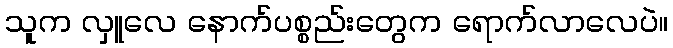
သူက လှူလေ နောက်ပစ္စည်းတွေက ရောက်လာလေပဲ။